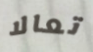
تعالا